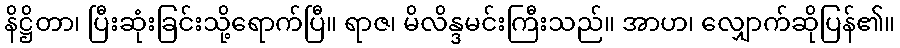
နိဋ္ဌိတာ၊ ပြီးဆုံးခြင်းသို့ရောက်ပြီ။ ရာဇ၊ မိလိန္ဒမင်းကြီးသည်။ အာဟ၊ လျှောက်ဆိုပြန်၏။